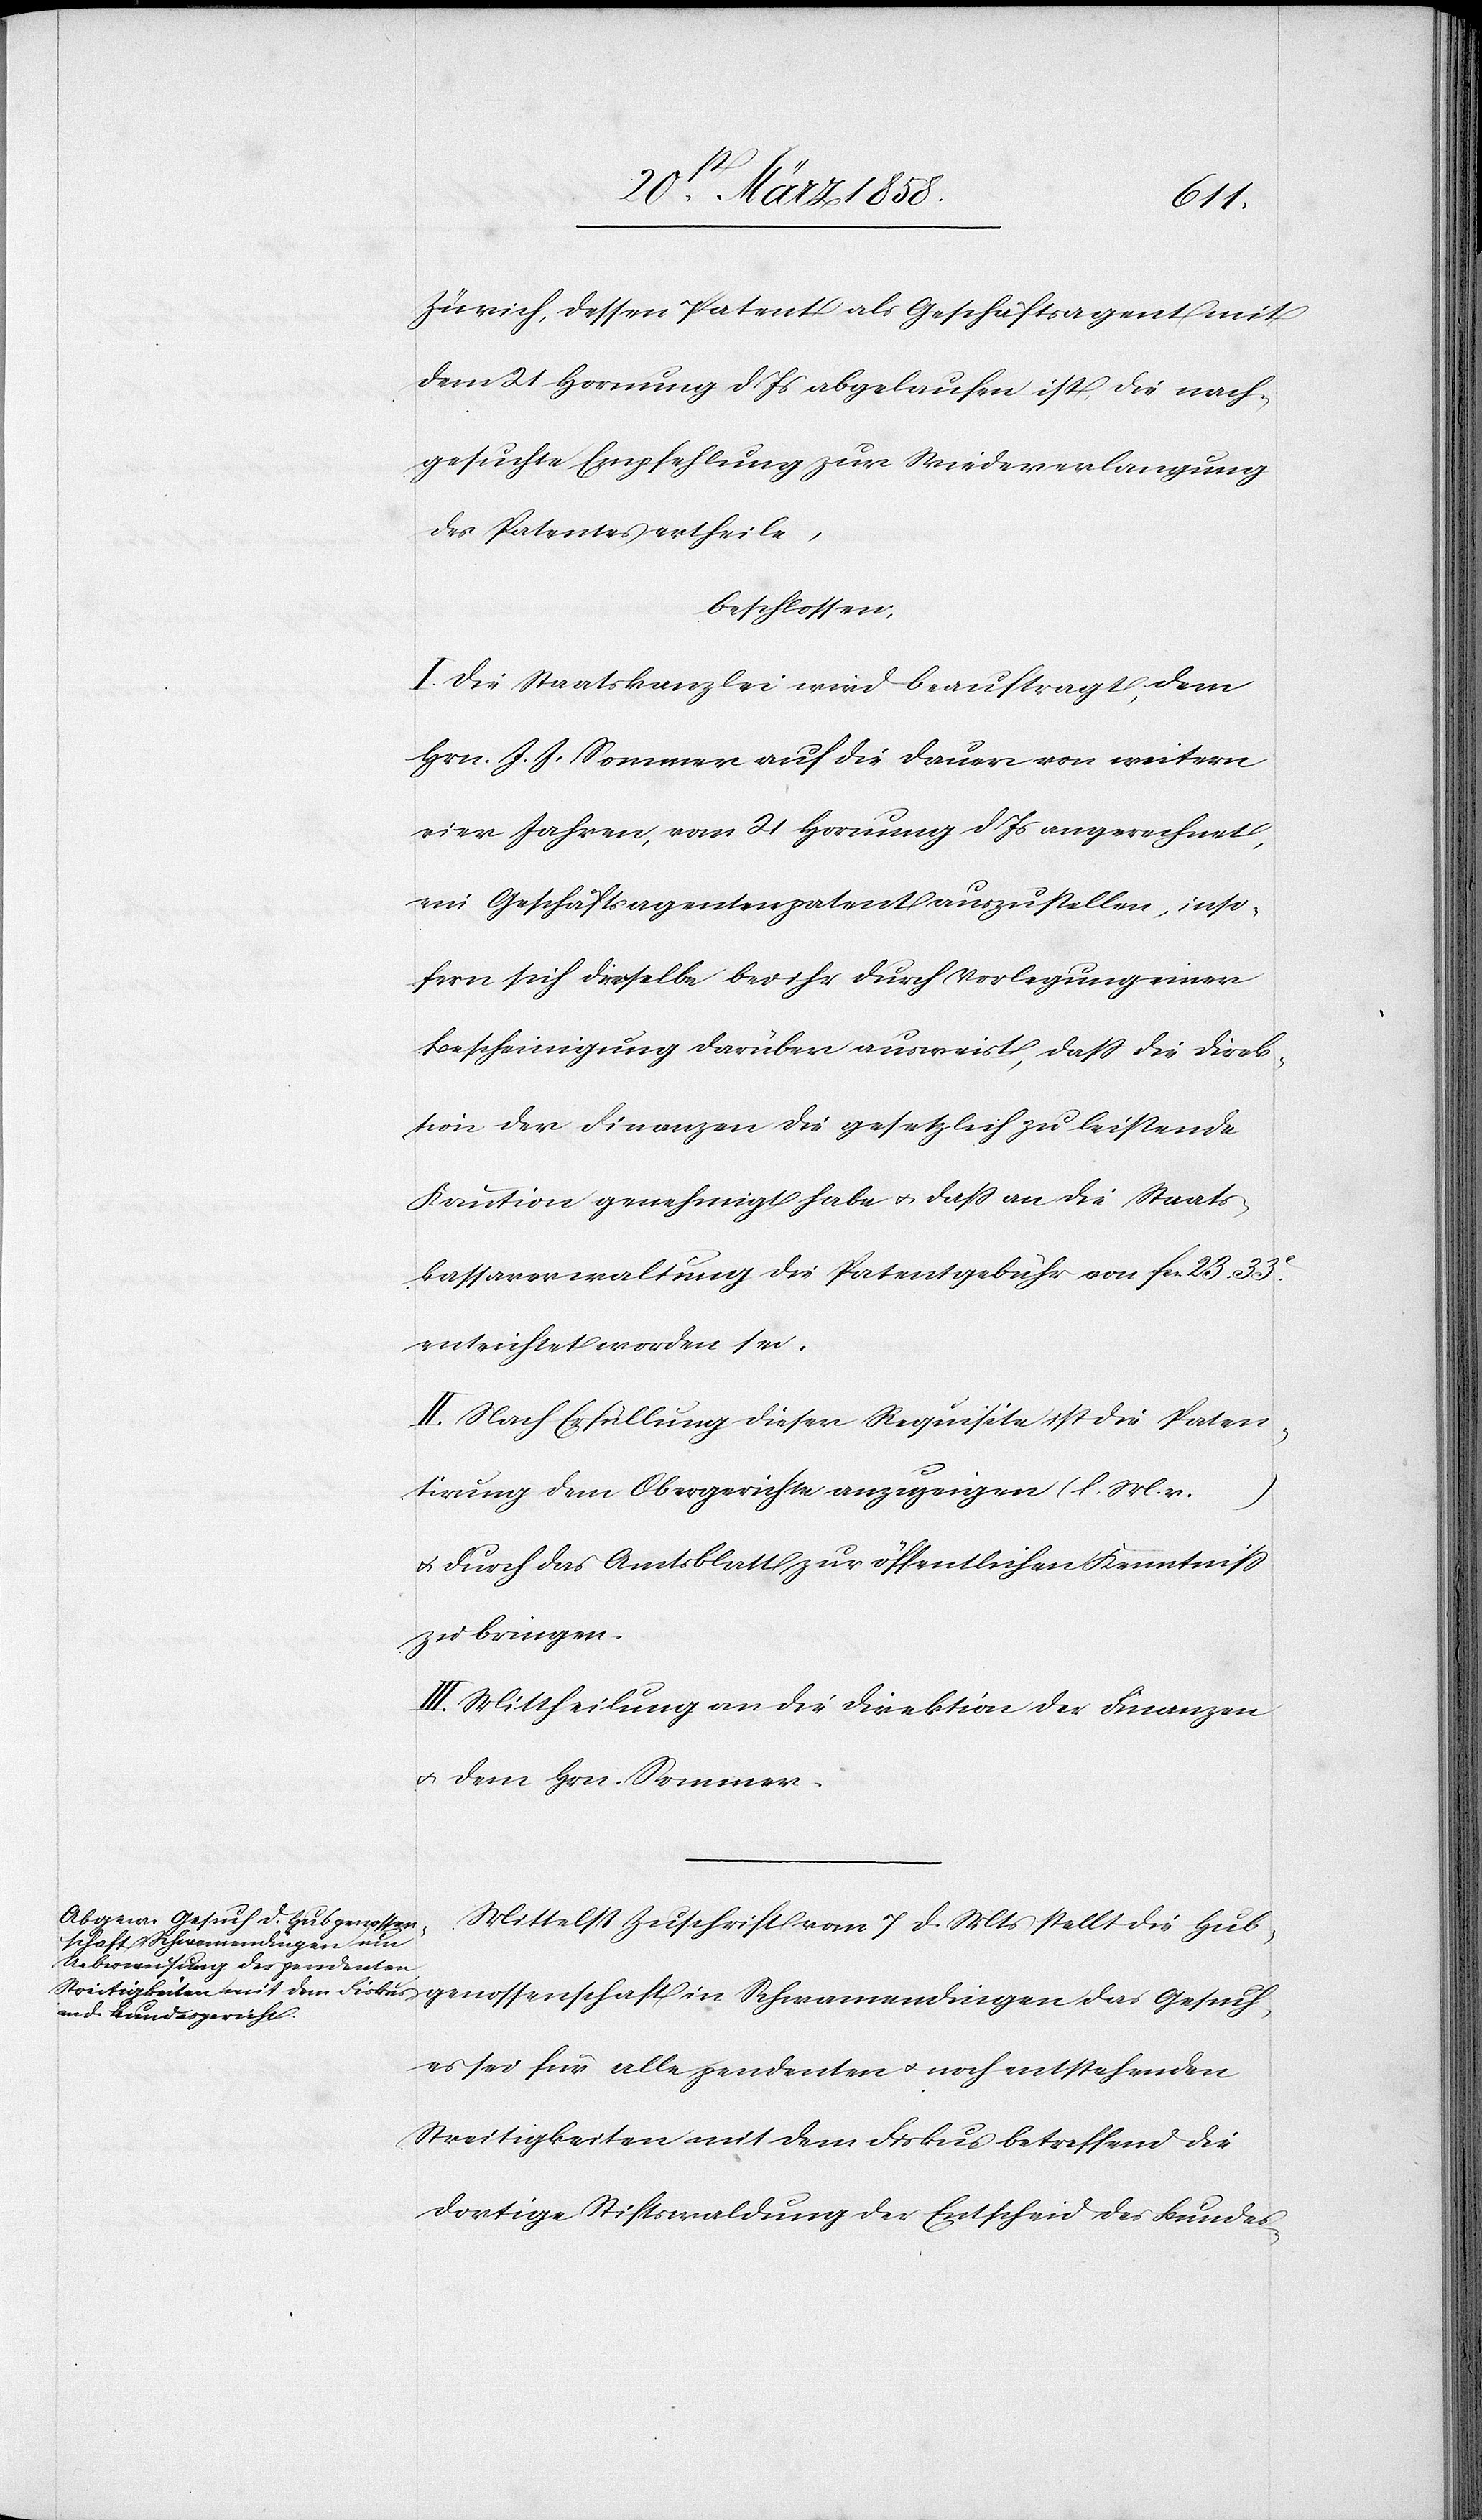
Zürich, dessen Patent als Geschäftsagent mit
dem 21. Hornung d. Js. abgelaufen ist, die nach¬
gesuchte Empfehlung zur Wiederverlangung
des Patentes ertheile,
beschlossen:
I. Die Staatskanzlei wird beauftragt, dem
Hrn. J. J. Sommer auf die Dauer von weitern
vier Jahren, vom 21. Hornung d. Js. angerechnet,
ein Geschäftsagentenpatent auszustellen, inso¬
fern sich dieselbe bei ihr durch Vorlegung einer
Bescheinigung darüber ausweist, daß die Direk¬
tion der Finanzen die gesetzlich zu leistende
Kaution genehmigt habe u. daß an die Staats¬
kassaverwaltung die Patentgebühr von fcs. 23 33C
entrichtet worden sei.
II. Nach Erfüllung dieser Requisite ist die Paten¬
tirung dem Obergerichte anzuzeigen (l. M. v.
…)
u. durch das Amtsblatt zur öffentlichen Kenntniß
zu bringen.
III. Mittheilung an die Direktion der Finanzen
u. den Hrn. Sommer.
Mittelst Zuschrift vom 7. d. Mts. stellt die Hub¬
genossenschaft in Schwamendingen das Gesuch,
es sei für alle pendeten u. noch entstehenden
Streitigkeiten mit dem Fiskus betreffend die
dortige Stiftswaldung der Entscheid des Bundes-